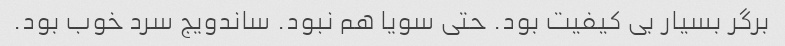
برگر بسیار بی کیفیت بود. حتی سویا هم نبود. ساندویج سرد خوب بود.